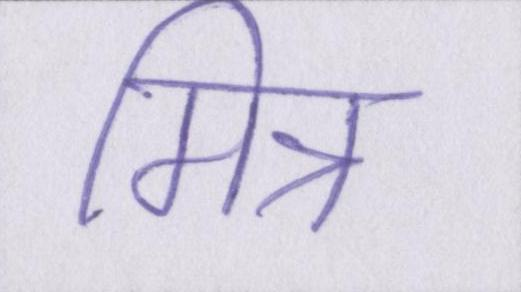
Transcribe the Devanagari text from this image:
मित्र